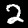
Label: 2